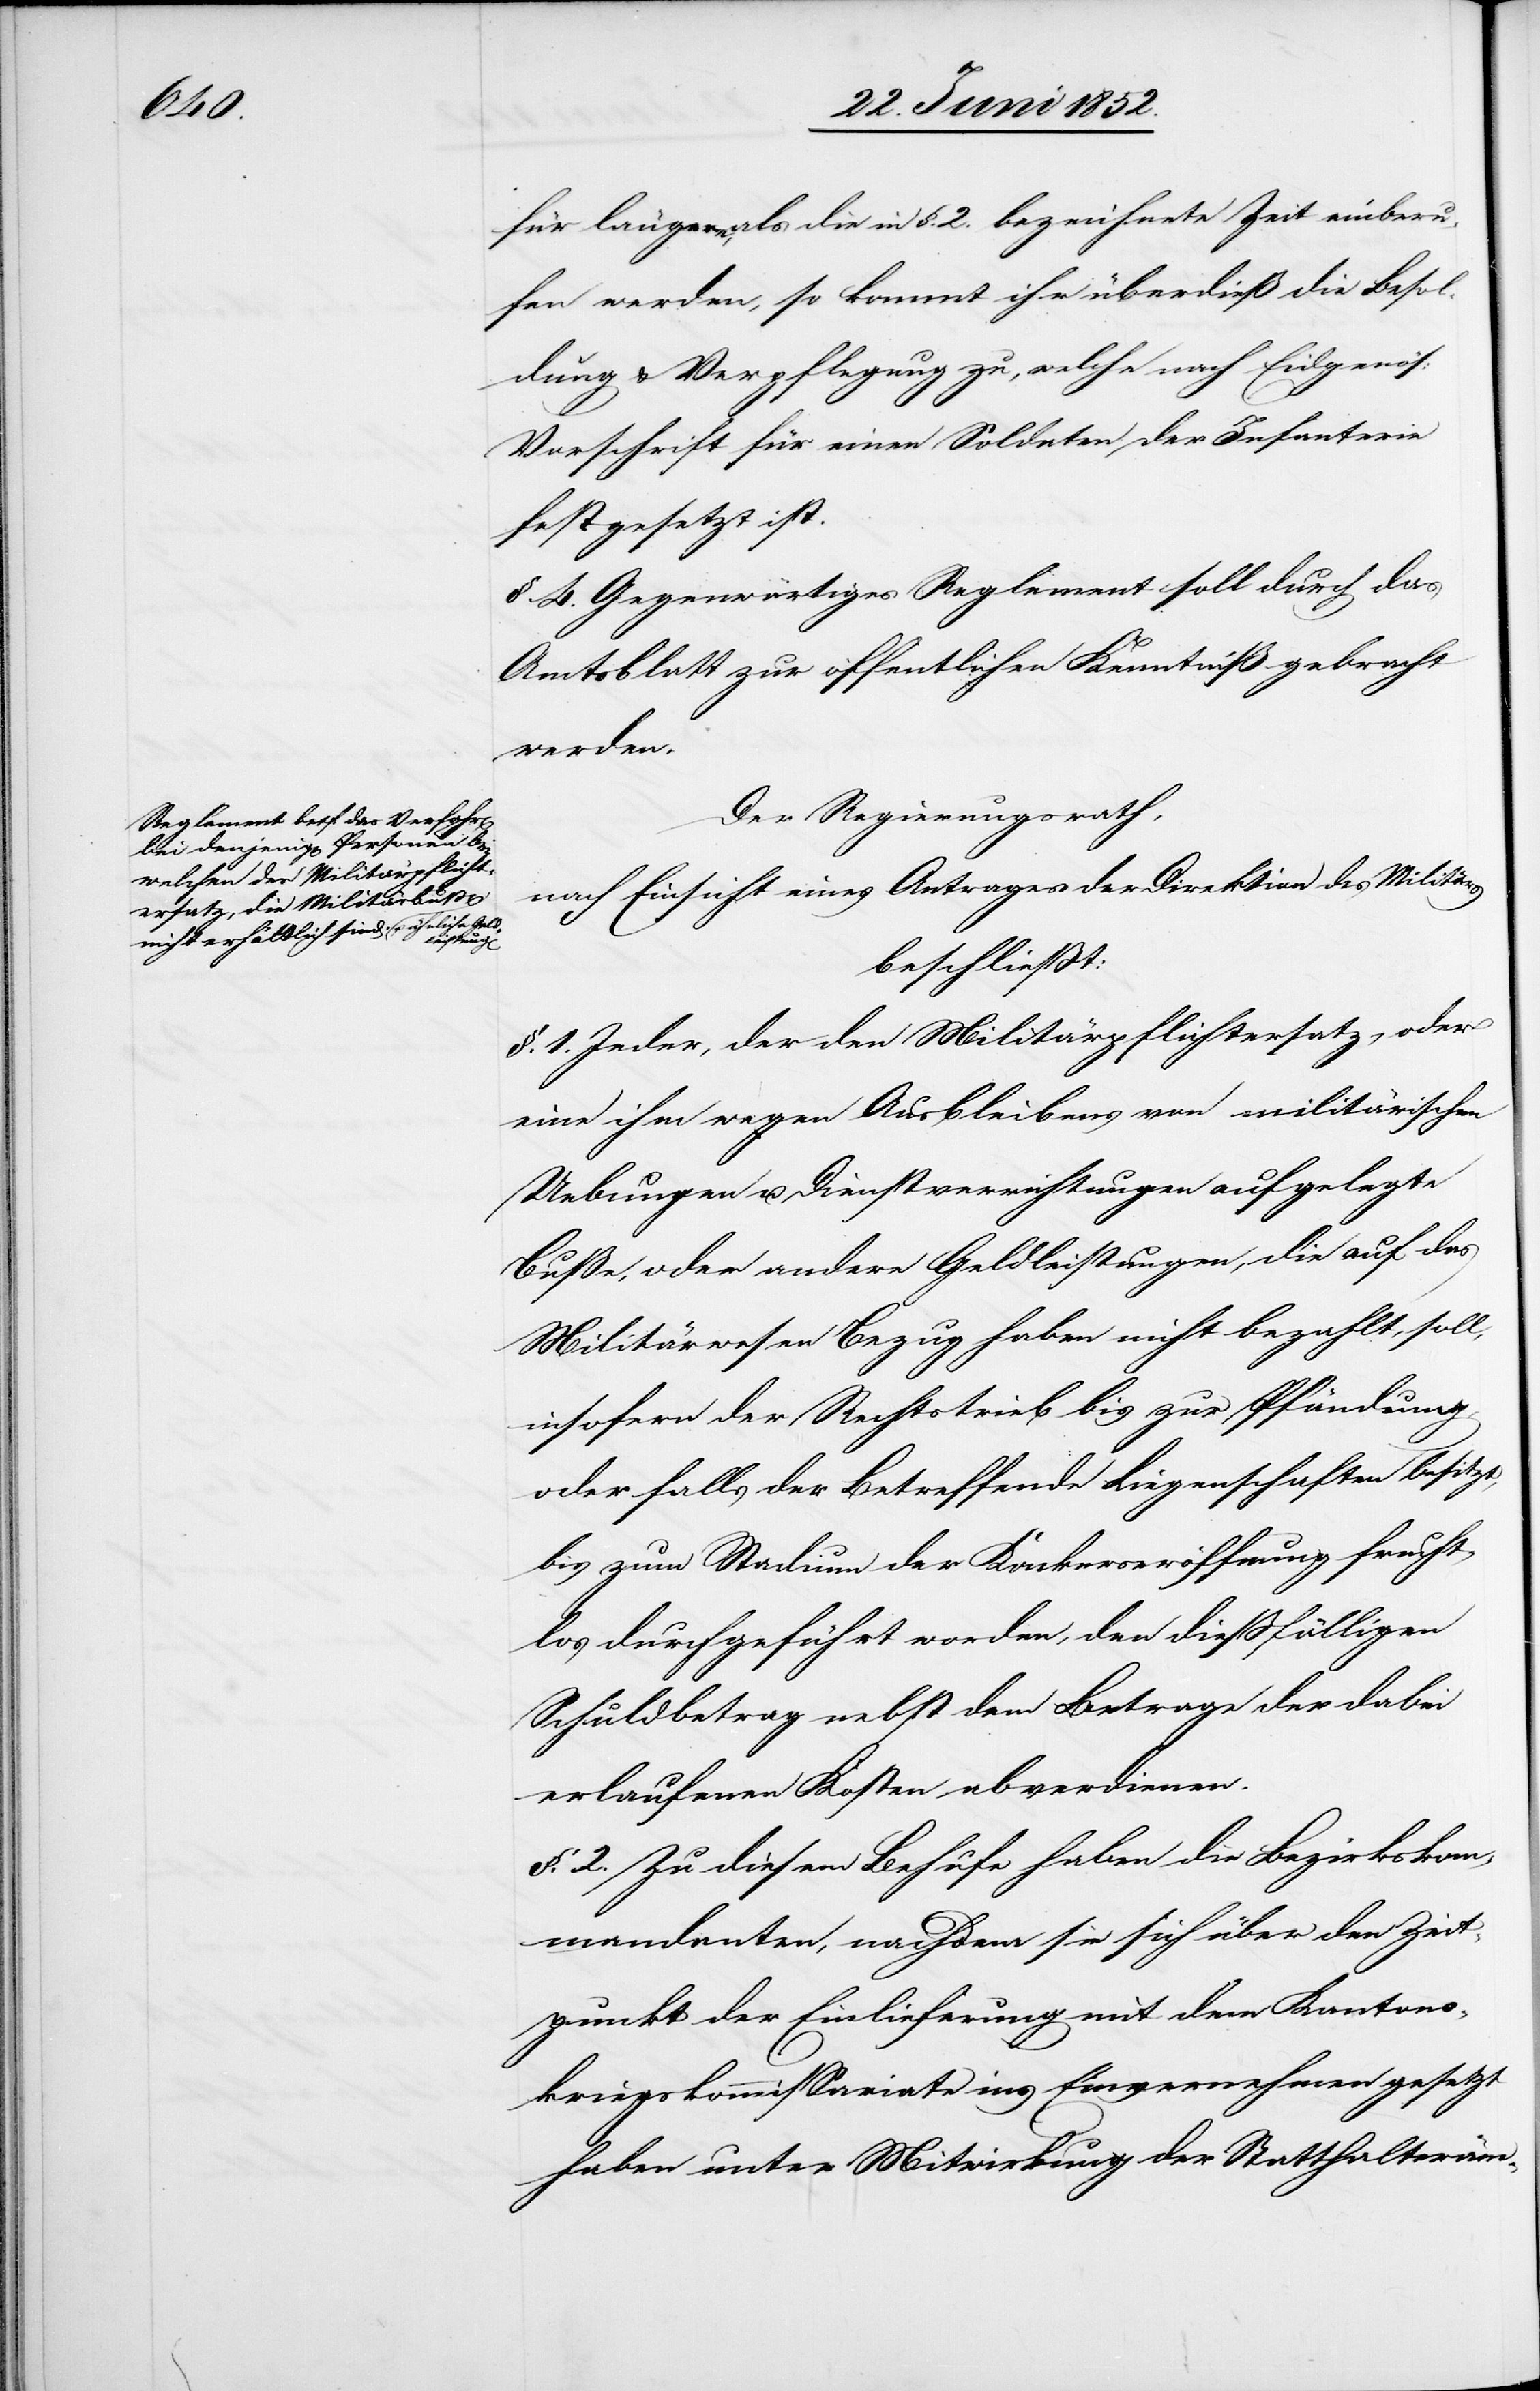
für längere, als die in §. 2. bezeichnete Zeit einberu¬
fen werden, so kommt ihr überdieß die Besol¬
dung & Verpflegung zu, welche nach Eidgenös:
Vorschrift für einen Soldaten der Infanterie
festgesetzt ist.
§. 4. Gegenwärtiges Reglement soll durch das
Amtsblatt zur öffentlichen Kenntniß gebracht
werden.
Der Regierungsrath,
nach Einsicht eines Antrages der Direktion des Militärs
beschließt:
§. 1. Jeder, der den Militärpflichtersatz, oder
eine ihm wegen Ausbleibens von militärischen
Uebungen u. Dienstverrichtungen aufgelegte
Buße, oder andere Geldleistungen, die auf das
Militärwesen Bezug haben nicht bezahlt, soll,
insofern der Rechtstrieb bis zur Pfändung,
oder falls der Betreffende Liegenschaften besitzt,
bis zum Stadium der Konkurseröffnung frucht¬
los durchgeführt worden, den dießfälligen
Schuldbetrag nebst dem Betrage der dabei
erlaufenen Kosten abverdienen.
§. 2. Zu diesem Behufe haben die Bezirkskom¬
mandanten, nachdem sie sich über den Zeit¬
punkt der Einlieferung mit dem Kantons¬
kriegskommissariate ins Einvernehmen gesetzt
haben unter Mitwirkung der Statthalteräm-